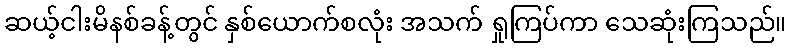
ဆယ့်ငါးမိနစ်ခန့်တွင် နှစ်ယောက်စလုံး အသက် ရှုကြပ်ကာ သေဆုံးကြသည်။